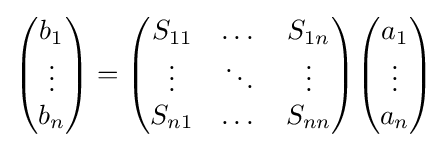
{\begin{pmatrix}b_{1}\\\vdots \\b_{n}\end{pmatrix}}={\begin{pmatrix}S_{11}&\dots &S_{1n}\\\vdots &\ddots &\vdots \\S_{n1}&\dots &S_{nn}\end{pmatrix}}{\begin{pmatrix}a_{1}\\\vdots \\a_{n}\end{pmatrix}}